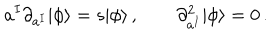
LaTeX: a ^ { I } \partial _ { a ^ { I } } | \phi \rangle = s | \phi \rangle \, , \qquad \partial _ { a ^ { I } } ^ { 2 } | \phi \rangle = 0 \, .